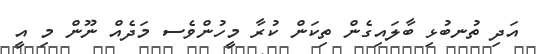
އަދި ތުނބުޅި ބާލައިގެން ތިކަން ކުރާ މީހުންވެސ މަދެއް ނޫން މި އީ